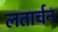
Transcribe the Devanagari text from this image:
लतार्चन